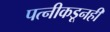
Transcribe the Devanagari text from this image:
पत्‍नीकडूनही